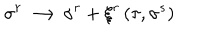
\sigma ^ { r } \longrightarrow \sigma ^ { r } + \xi ^ { r } \left( \tau , \sigma ^ { s } \right)